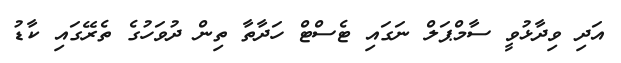
އަދި ވިދާޅުވީ ސާމްޕަލް ނަގައި ޓެސްޓް ހަދާތާ ތިން ދުވަހުގެ ތެރޭގައި ކާޑު